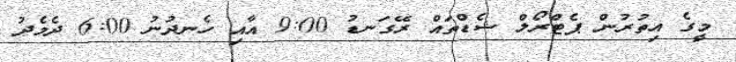
މީގެ އިތުރުން ޕެޓްރޯލް ޝެޑްތައް ރޭގަނޑު 9:00 އާއި ހެނދުނު 6:00 ދެމެދު